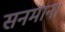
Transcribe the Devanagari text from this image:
सनमान।